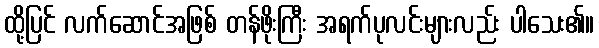
ထို့ပြင် လက်ဆောင်အဖြစ် တန်ဖိုးကြီး အရက်ပုလင်းများလည်း ပါသေး၏။